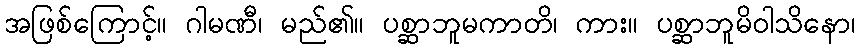
အဖြစ်ကြောင့်။ ဂါမဏီ၊ မည်၏။ ပစ္ဆာဘူမကာတိ၊ ကား။ ပစ္ဆာဘူမိဝါသိနော၊